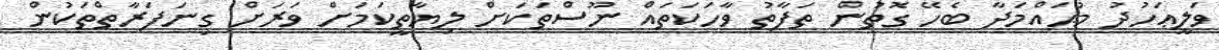
ވަލީޢަހުދު މުޙައްމަދާ ބެހޭ ގޮތުން ތަފާތު ވާހަކަތައް ނޫސްތަކަށް ލިޔާތީކަމަށް ވަރަށް ގިނަފަރާތްތަކުން